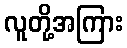
လူတို့အကြား